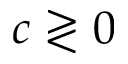
c \gtrless 0